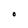
Character: O